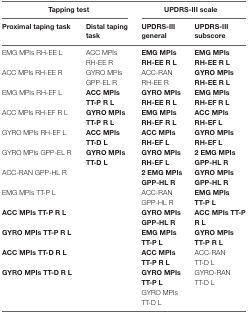
| <COLSPAN=2> Tapping test | <COLSPAN=2> UPDRS-III scale |
 | Proximal taping task | Distal taping task | UPDRS-III general | UPDRS-III subscore |
 | --- | --- | --- | --- |
 | EMG MPIs RH-EE L | ACC MPIs RH-EE R | EMG MPIs RH-EE R L | EMG MPIs RH-EE R L |
 | ACC MPIs RH-EE R | GYRO MPIs GPP-EL R | ACC-RAN RH-EE R | GYRO MPIs RH-EE R L |
 | EMG MPIs RH-EF L | ACC MPIs TT-P R L | GYRO MPIs RH-EE R L | EMG MPIs RH-EF R L |
 | ACC MPIs RH-EF R L | GYRO MPIs TT-P R L | EMG MPIs RH-EF R L | ACC MPIs RH-EF L |
 | GYRO MPIs RH-EF L | ACC MPIs TT-D L | ACC MPIs RH-EF L | GYRO MPIs RH-EF L |
 | GYRO MPIs GPP-EL R | GYRO MPIs TT-D L | GYRO MPIs RH-EF L | 2 EMG MPIs GPP-HL R |
 | ACC-RAN GPP-HL R |  | 2 EMG MPIs GPP-HL R | GYRO MPIs GPP-HL R |
 | EMG MPIs TT-P L |  | ACC-RAN GPP-HL R | EMG MPIs TT-P L |
 | ACC MPIs TT-P R L |  | GYRO MPIs GPP-HL R | ACC MPIs TT-P R L |
 | GYRO MPIs TT-P R L |  | EMG MPIs TT-P L | GYRO MPIs TT-P R L |
 | ACC MPIs TT-D R L |  | ACC MPIs TT-P R L | ACC-RAN TT-D L |
 | GYRO MPIs TT-D R L |  | GYRO MPIs TT-P L | GYRO-RAN TT-D L |
 |  |  | GYRO MPIs TT-D L |  |